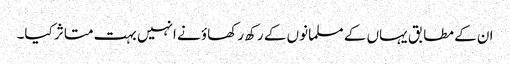
ان کے مطابق یہاں کے مسلمانوں کے رکھ رکھاؤ نے انہیں بہت متاثر کیا۔